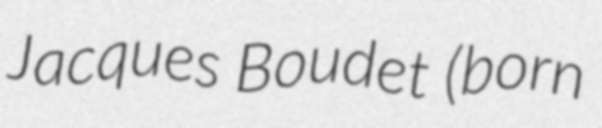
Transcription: Jacques Boudet (born